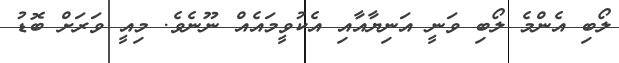
ލޯބި އެންމެ ލޯބި ވަނީ އަނިޔާއާއި އެކުވީމައެއް ނޫނެވެ. މިއީ ވަރަށް ބޮޑު